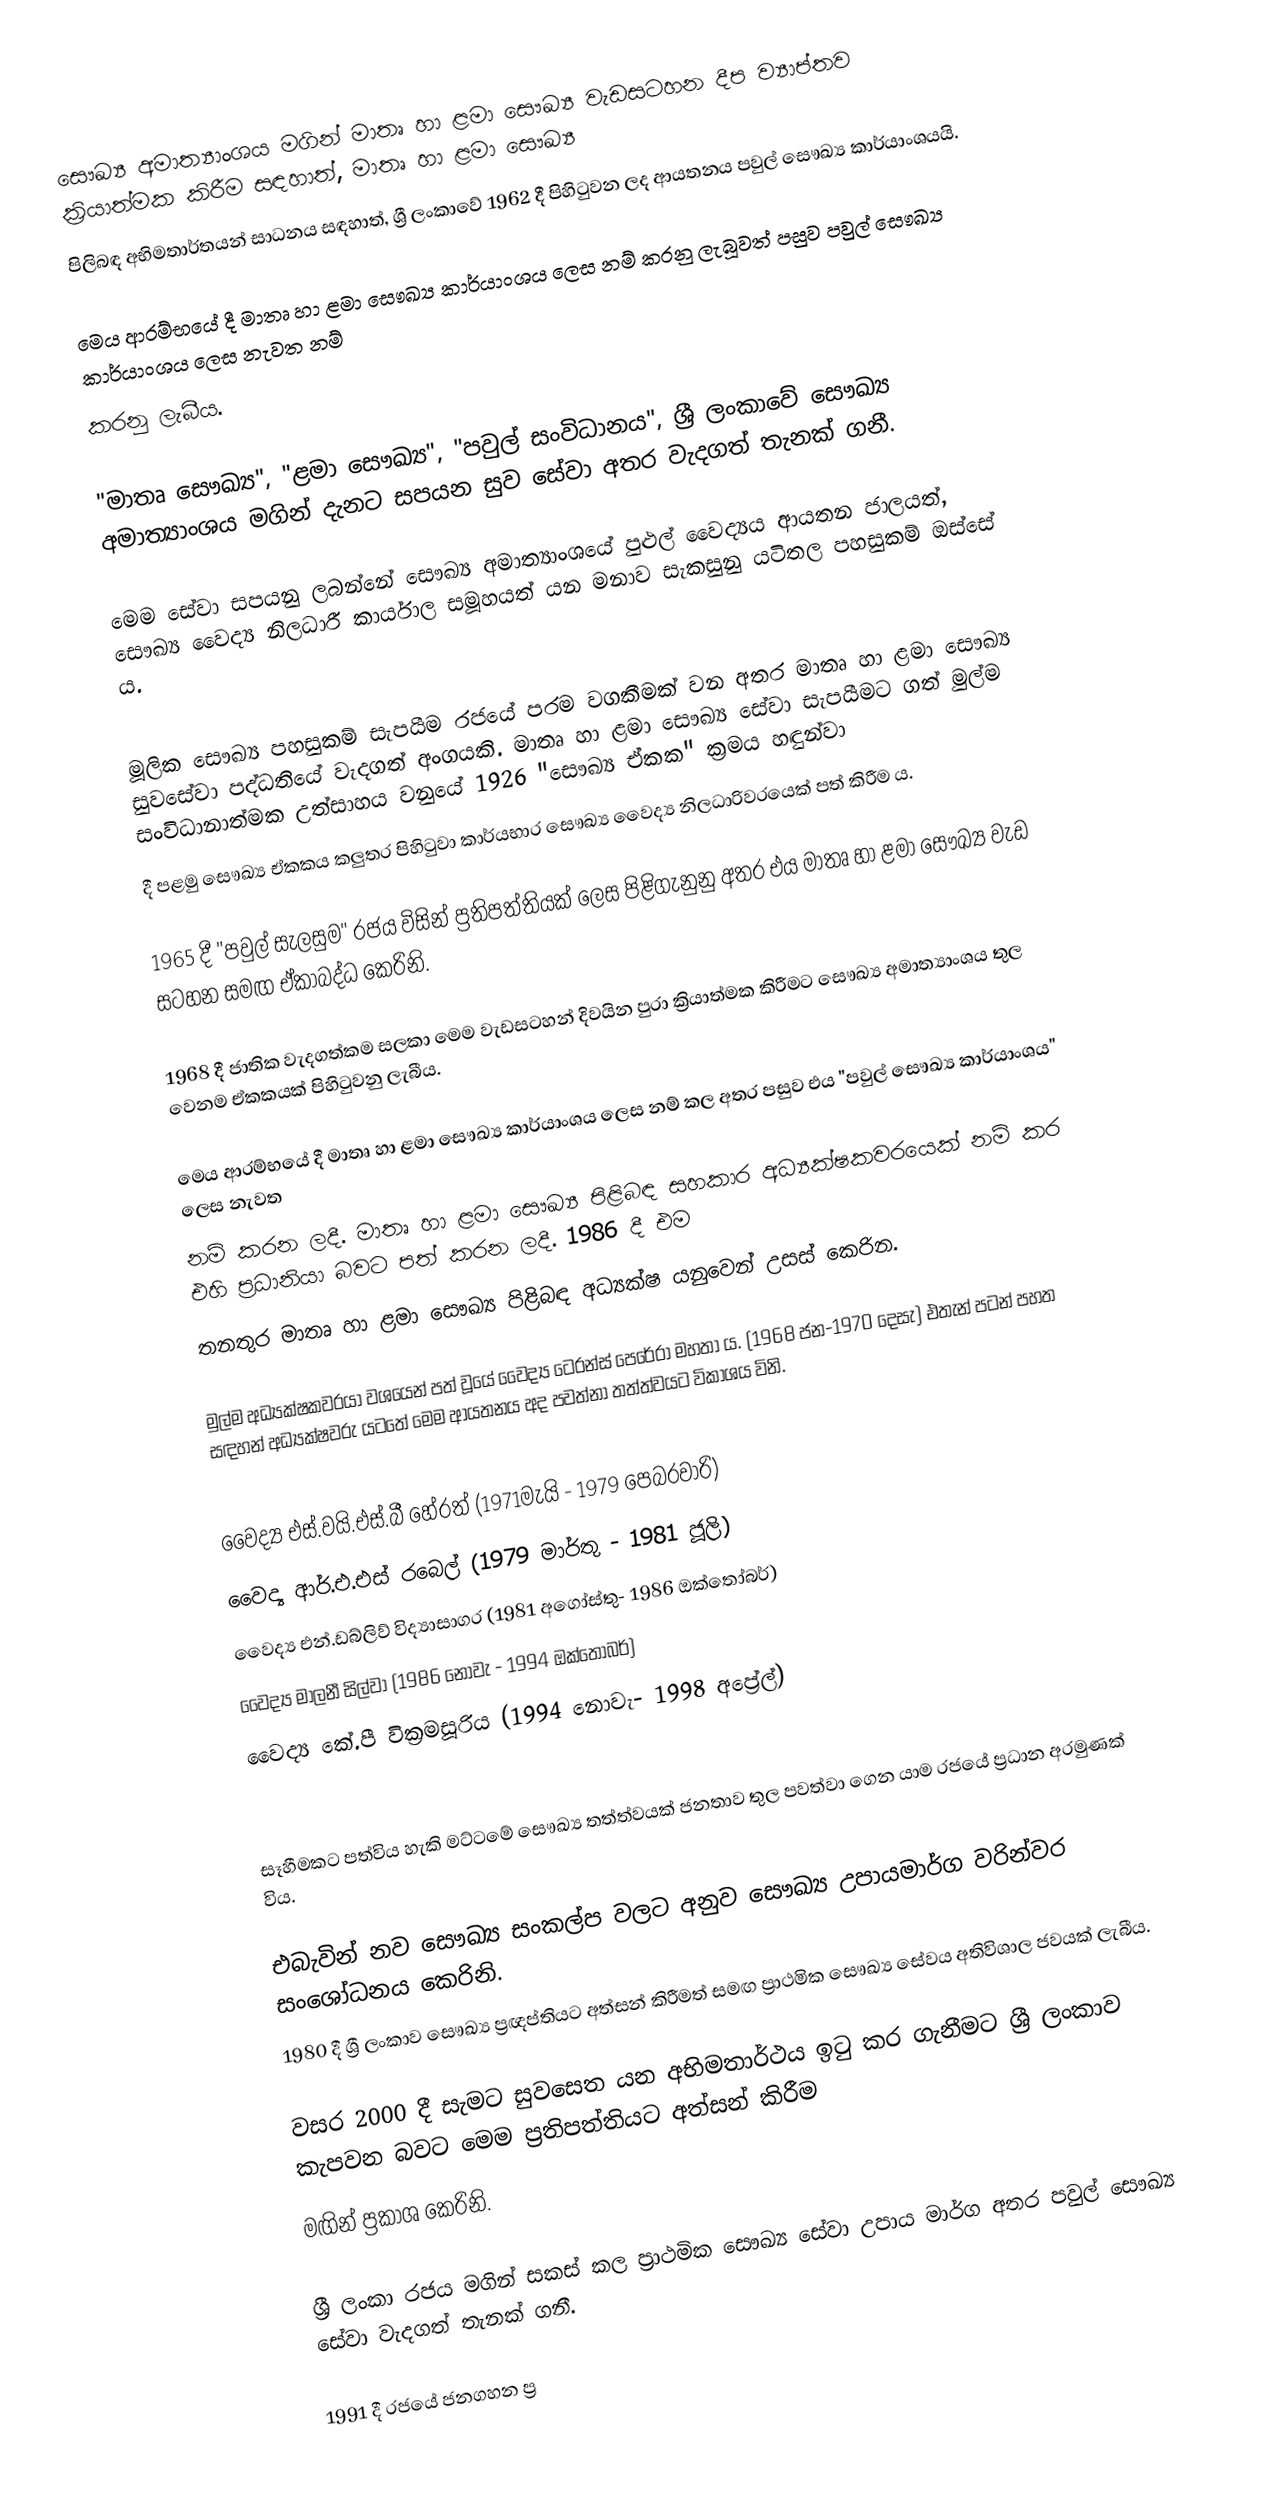
සෞඛ්‍ය අමාත්‍යාංශය මගින් මාතෘ හා ළමා සෞඛ්‍ය වැඩසටහන දීප ව්‍යාප්තව ක්‍රියාත්මක කිරීම සඳහාත්, මාතෘ හා ළමා සෞඛ්‍ය
පිලිබඳ අභිමතාර්තයන් සාධනය සඳහාත්, ශ්‍රී ලංකාවේ 1962 දී පිහිටුවන ලද ආයතනය පවුල් සෞඛ්‍ය කාර්යාංශයයි.

මෙය ආරම්භයේ දී මාතෘ හා ළමා සෞඛ්‍ය කාර්යාංශය ලෙස නම් කරනු ලැබූවත් පසුව පවුල් සෞඛ්‍ය කාර්යාංශය ලෙස නැවත නම්
කරනු ලැබීය.

"මාතෘ සෞඛ්‍ය", "ළමා සෞඛ්‍ය", "පවුල් සංවිධානය", ශ්‍රී ලංකාවේ සෞඛ්‍ය අමාත්‍යාංශය මගින් දැනට සපයන සුව සේවා අතර වැදගත් තැනක් ගනී.

මෙම සේවා සපයනු ලබන්නේ සෞඛ්‍ය අමාත්‍යාංශයේ පුළුල් වෛද්‍යය ආයතන ජාලයත්, සෞඛ්‍ය වෛද්‍ය නිලධාරී කාර්යාල සමූහයත් යන මනාව සැකසුනු යටිතල පහසුකම් ඔස්සේ ය.

මූලික සෞඛ්‍ය පහසුකම් සැපයීම රජයේ පරම වගකීමක් වන අතර මාතෘ හා ළමා සෞඛ්‍ය සුවසේවා පද්ධතියේ වැදගත් අංගයකි. මාතෘ හා ළමා සෞඛ්‍ය සේවා සැපයීමට ගත් මුල්ම සංවිධානාත්මක උත්සාහය වනුයේ 1926 "සෞඛ්‍ය ඒකක" ක්‍රමය හඳුන්වා
දී පළමු සෞඛ්‍ය ඒකකය කලුතර පිහිටුවා කාර්යභාර සෞඛ්‍ය වෛද්‍ය නිලධාරිවරයෙක් පත් කිරීම ය.

1965 දී "පවුල් සැලසුම" රජය විසින් ප්‍රතිපත්තියක් ලෙස පිළිගැනුනු අතර එය මාතෘ හා ළමා සෞඛ්‍ය වැඩ සටහන සමඟ ඒකාබද්ධ කෙරිනි.

1968 දී ජාතික වැදගත්කම සලකා මෙම වැඩසටහන් දිවයින පුරා ක්‍රියාත්මක කිරීමට සෞඛ්‍ය අමාත්‍යාංශය තුල වෙනම ඒකකයක් පිහිටුවනු ලැබීය.

මෙය ආරම්භයේ දී මාතෘ හා ළමා සෞඛ්‍ය කාර්යාංශය ලෙස නම් කල අතර පසුව එය "පවුල් සෞඛ්‍ය කාර්යාංශය" ලෙස නැවත
නම් කරන ලදී. මාතෘ හා ළමා සෞඛ්‍ය පිළිබඳ සහකාර අධ්‍යක්ෂකවරයෙක් නම් කර එහි ප්‍රධානියා බවට පත් කරන ලදී. 1986 දී එම
තනතුර මාතෘ හා ළමා සෞඛ්‍ය පිළිබඳ අධ්‍යක්ෂ යනුවෙන් උසස් කෙරින.

මුල්ම අධ්‍යක්ෂකවරයා වශයෙන් පත් වූයේ වෛද්‍ය ටෙරන්ස් පෙරේරා මහතා ය. (1968 ජන-1970 දෙසැ) එතැන් පටන් පහත සඳහන් අධ්‍යක්ෂවරු යටතේ මෙම ආයතනය අද පවත්නා තත්ත්වයට විකාශය විනි.

	වෛද්‍ය එස්.වයි.එස්.බී හේරත් (1971මැයි - 1979 පෙබරවාරි)
	වෛද්‍ය ආර්.එ.එස් රබෙල් (1979 මාර්තු - 1981 ජූලි)
	වෛද්‍ය එන්.ඩබ්ලිව් විද්‍යාසාගර (1981 අගෝස්තු- 1986 ඔක්තෝබර්)
	වෛද්‍ය මාලනී සිල්වා (1986 නොවැ - 1994 ඔක්තෝබර්)
	වෛද්‍ය කේ.පී වික්‍රමසූරිය (1994 නොවැ- 1998 අප්‍රේල්)

සෑහීමකට පත්විය හැකි මට්ටමේ සෞඛ්‍ය තත්ත්වයක් ජනතාව තුල පවත්වා ගෙන යාම රජයේ ප්‍රධාන අරමුණක් විය.

එබැවින් නව සෞඛ්‍ය සංකල්ප වලට අනුව සෞඛ්‍ය උපායමාර්ග වරින්වර සංශෝධනය කෙරිනි.
1980 දී ශ්‍රී ලංකාව සෞඛ්‍ය ප්‍රඥප්තියට අත්සන් කිරීමත් සමඟ ප්‍රාථමික සෞඛ්‍ය සේවය අතිවිශාල ජවයක් ලැබීය.

වසර 2000 දී සැමට සුවසෙත යන අභිමතාර්ථය ඉටු කර ගැනීමට ශ්‍රී ලංකාව කැපවන බවට මෙම ප්‍රතිපත්තියට අත්සන් කිරීම
මඟින් ප්‍රකාශ කෙරිනි.

ශ්‍රී ලංකා රජය මගින් සකස් කල ප්‍රාථමික සෞඛ්‍ය සේවා උපාය මාර්ග අතර පවුල් සෞඛ්‍ය සේවා වැදගත් තැනක් ගනී.

1991 දී රජයේ ජනගහන ප්‍ර